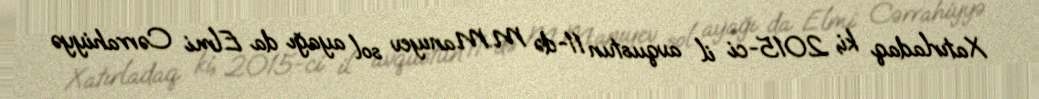
Xatırladaq ki, 2015-ci il avqustun 11-də M.Manıyev sol ayağı da Elmi Cərrahiyyə